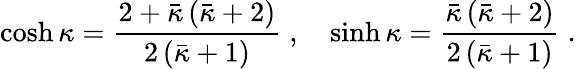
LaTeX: \cosh\kappa=\frac{2+\bar{\kappa}\left(\bar{\kappa}+2\right)}{2\left(\bar{\kappa}+1\right)}\; ,\quad\sinh\kappa=\frac{\bar{\kappa}\left(\bar{\kappa}+2\right)}{2\left(\bar{\kappa}+1\right)}\; .